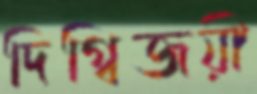
দিগ্বিজয়ী